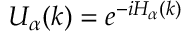
U _ { \alpha } ( k ) = e ^ { - i H _ { \alpha } ( k ) }